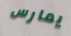
يمارس